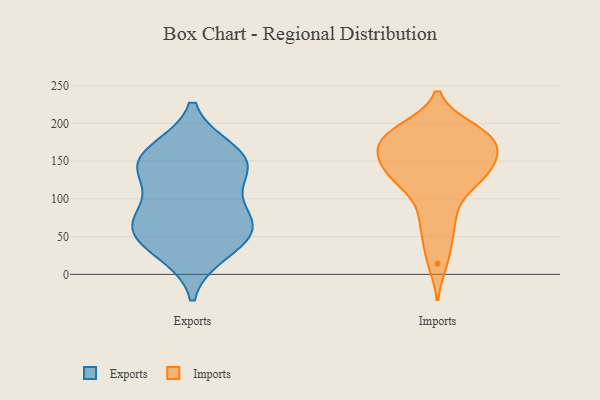
{"axis": {"x": "Satisfaction Score", "y": "Value"}, "legend": ["Exports", "Imports"], "data": [{"x": "", "y": 69, "type": "Exports"}, {"x": "", "y": 30, "type": "Exports"}, {"x": "", "y": 79, "type": "Exports"}, {"x": "", "y": 42, "type": "Exports"}, {"x": "", "y": 142, "type": "Exports"}, {"x": "", "y": 157, "type": "Exports"}, {"x": "", "y": 133, "type": "Exports"}, {"x": "", "y": 163, "type": "Exports"}, {"x": "", "y": 61, "type": "Exports"}, {"x": "", "y": 144, "type": "Exports"}, {"x": "", "y": 68, "type": "Exports"}, {"x": "", "y": 194, "type": "Imports"}, {"x": "", "y": 193, "type": "Imports"}, {"x": "", "y": 83, "type": "Imports"}, {"x": "", "y": 126, "type": "Imports"}, {"x": "", "y": 69, "type": "Imports"}, {"x": "", "y": 189, "type": "Imports"}, {"x": "", "y": 152, "type": "Imports"}, {"x": "", "y": 44, "type": "Imports"}, {"x": "", "y": 137, "type": "Imports"}, {"x": "", "y": 159, "type": "Imports"}, {"x": "", "y": 174, "type": "Imports"}, {"x": "", "y": 14, "type": "Imports"}, {"x": "", "y": 121, "type": "Imports"}, {"x": "", "y": 184, "type": "Imports"}, {"x": "", "y": 119, "type": "Imports"}, {"x": "", "y": 163, "type": "Imports"}, {"x": "", "y": 175, "type": "Imports"}, {"x": "", "y": 132, "type": "Imports"}, {"x": "", "y": 156, "type": "Imports"}]}